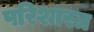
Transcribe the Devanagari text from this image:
परिशास्त्र